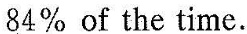
84% of the timc.